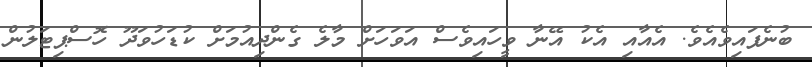
ބުނެފައިވެއެވެ. އެއާއި އެކު އޭނާ ވީހައިވެސް އަވަހަށް މާލެ ގެންދިއުމަށް ކުޑަހުވަދޫ ހޮސްޕިޓަލުން